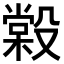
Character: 𣪿